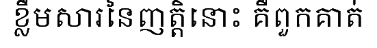
ខ្លឹមសារនៃញត្តិនោះ គឺពួកគាត់